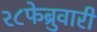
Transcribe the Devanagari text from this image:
२८फेब्रुवारी